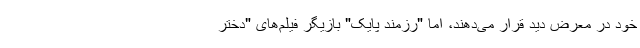
خود در معرض دید قرار می‌دهند، اما "رزمند پایک" بازیگر فیلم‌های "دختر